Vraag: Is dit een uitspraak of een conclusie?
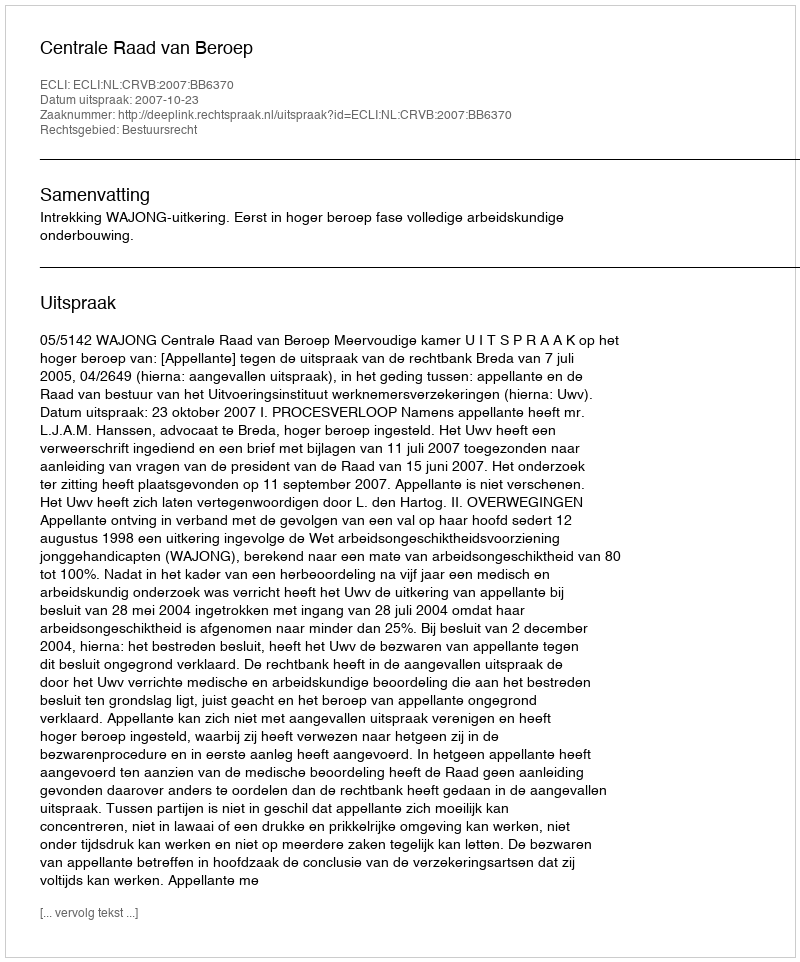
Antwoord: Uitspraak